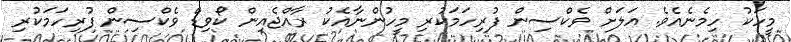
މީހަކު ހިމެނެއެވެ. އަލަށް ވެކްސިން ފުރިހަމަކުރި މީހުންނާއެކު ރާއްޖެއިން ކޯވިޑް ވެކްސިން ފުރިހަމަކުރި